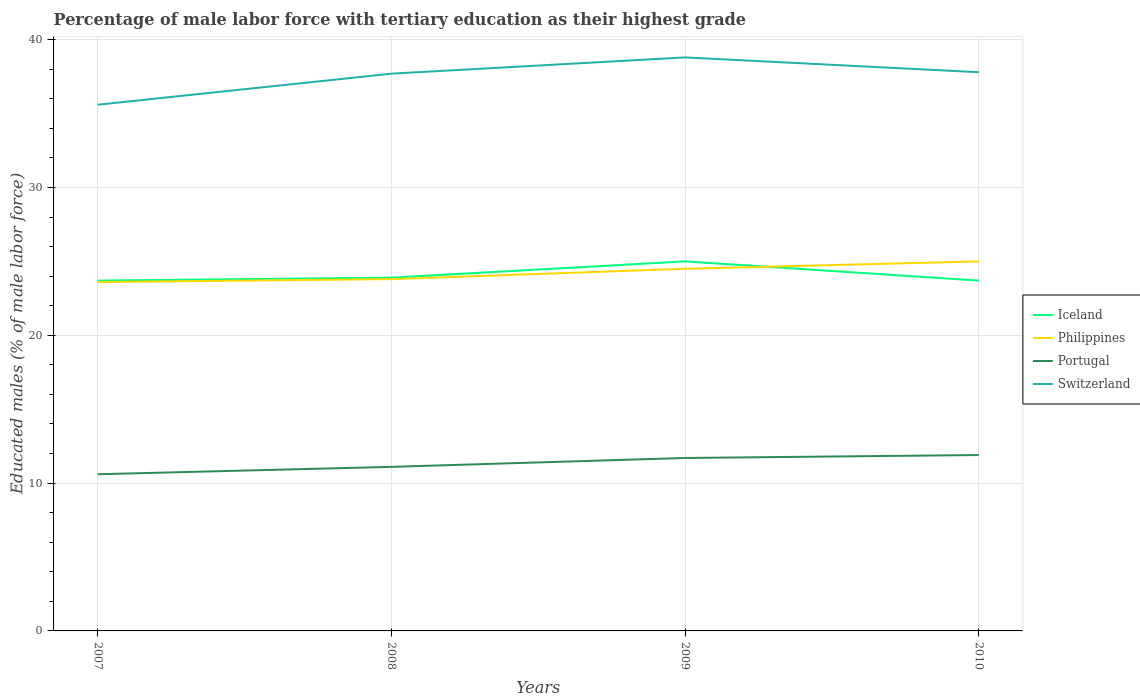
| Years | Iceland | Philippines | Portugal | Switzerland |
 | --- | --- | --- | --- | --- |
 | 2007 | 23.7 | 23.6 | 10.6 | 35.6 |
 | 2008 | 23.9 | 23.8 | 11.1 | 37.7 |
 | 2009 | 25 | 24.5 | 11.7 | 38.8 |
 | 2010 | 23.7 | 25 | 11.9 | 37.8 |